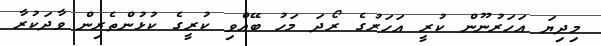
މިދިޔަ އަހަރުނޫން ކުރީ އަހަރުގެ ރޯދަ މަހު ބޭއްވި ކުރީގެ ކުޅުންތެރިން ވާދަކުރާ